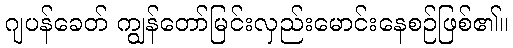
ဂျပန်ခေတ် ကျွန်တော်မြင်းလှည်းမောင်းနေစဉ်ဖြစ်၏။